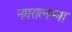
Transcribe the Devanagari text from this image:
नगरात्नम्मा